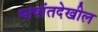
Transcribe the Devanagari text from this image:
भाषांतदेखील